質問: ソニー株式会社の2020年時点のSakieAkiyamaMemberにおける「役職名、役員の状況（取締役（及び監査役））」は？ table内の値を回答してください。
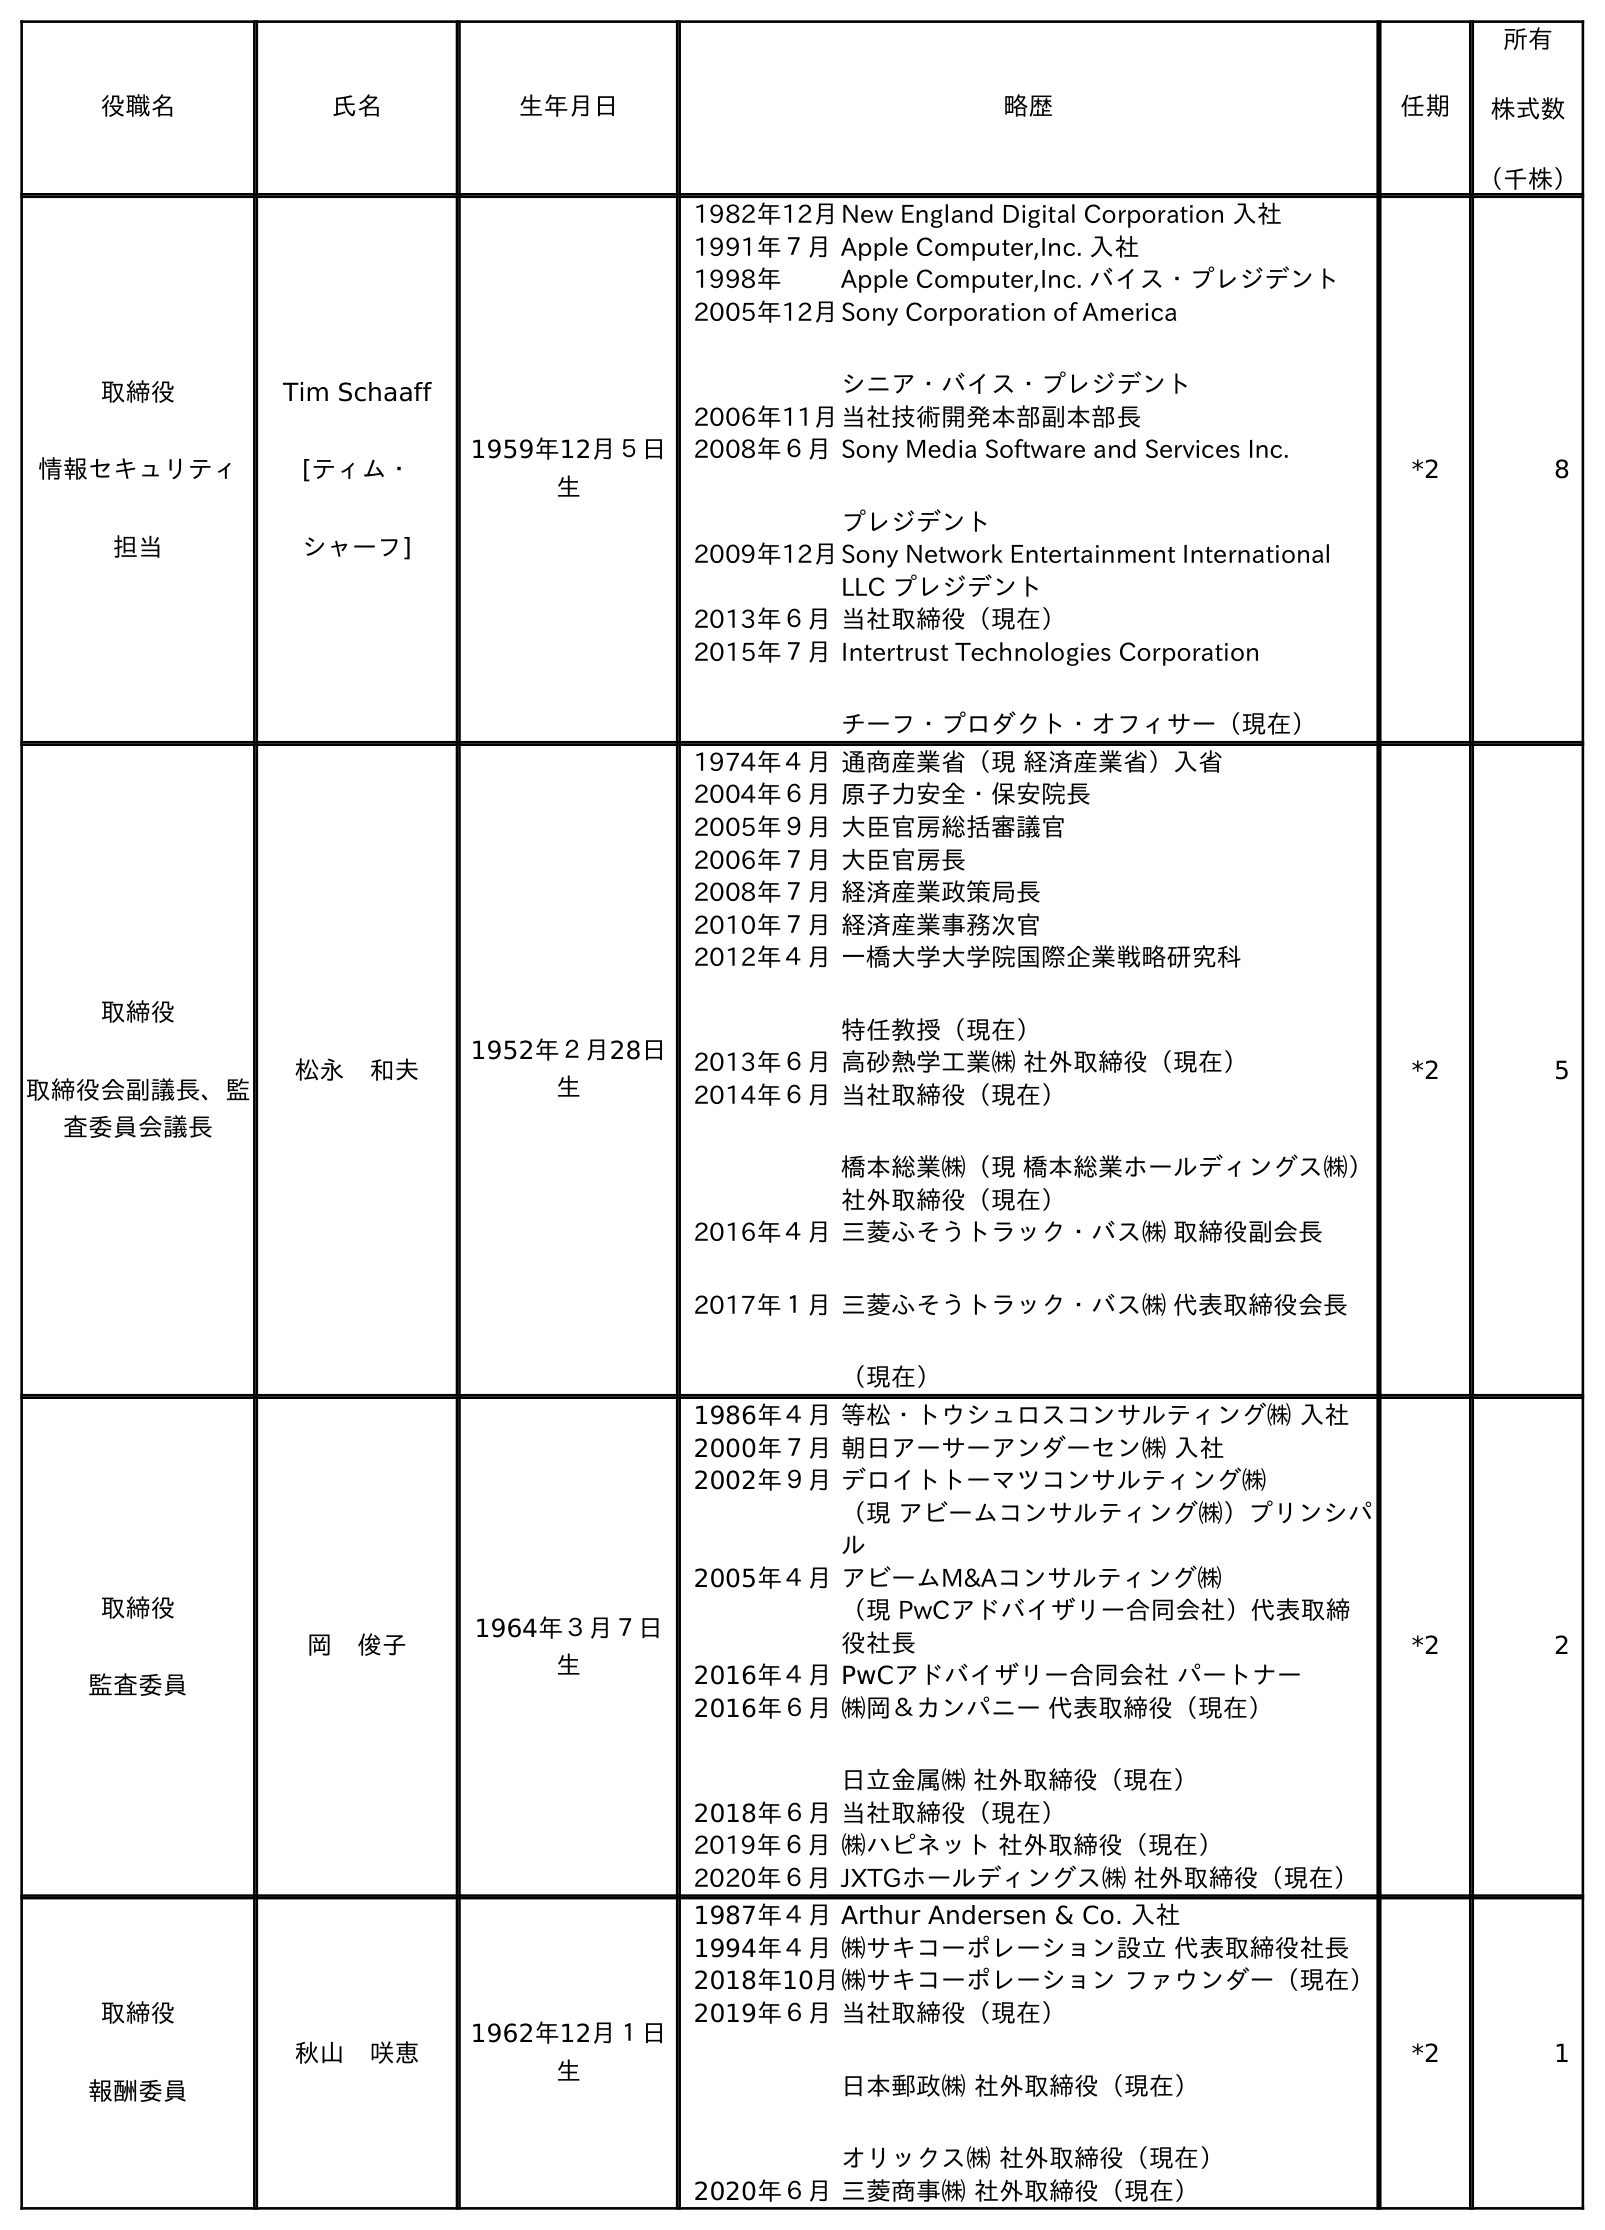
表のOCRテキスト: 役職名 氏名 生年月日 略歴 任期 所有 株式数 （千株） 取締役 情報セキュリティ 担当 Tim Schaaff [ティム・ シャーフ] 1959年12月５日 生 1982年12月New England Digital Corporation 入社 1991年７月Apple Computer,Inc. 入社 1998年 Apple Computer,Inc. バイス・プレジデント 2005年12月Sony Corporation of America シニア・バイス・プレジデント 2006年11月当社技術開発本部副本部長 2008年６月Sony Media Software and Services Inc. プレジデント 2009年12月Sony Network Entertainment International LLC プレジデント 2013年６月当社取締役（現在） 2015年７月Intertrust Technologies Corporation チーフ・プロダクト・オフィサー（現在） *2 8 取締役 取締役会副議長、監 査委員会議長 松永 和夫 1952年２月28日 生 1974年４月通商産業省（現 経済産業省）入省 2004年６月原子力安全・保安院長 2005年９月大臣官房総括審議官 2006年７月大臣官房長 2008年７月経済産業政策局長 2010年７月経済産業事務次官 2012年４月一橋大学大学院国際企業戦略研究科 特任教授（現在） 2013年６月高砂熱学工業㈱ 社外取締役（現在） 2014年６月当社取締役（現在） 橋本総業㈱（現 橋本総業ホールディングス㈱） 社外取締役（現在） 2016年４月 2017年１月 三菱ふそうトラック・バス㈱ 取締役副会長 三菱ふそうトラック・バス㈱ 代表取締役会長 （現在） *2 5 取締役 監査委員 岡 俊子 1964年３月７日 生 1986年４月等松・トウシュロスコンサルティング㈱ 入社 2000年７月朝日アーサーアンダーセン㈱ 入社 2002年９月デロイトトーマツコンサルティング㈱ （現 アビームコンサルティング㈱）プリンシパ ル 2005年４月アビームM&Aコンサルティング㈱ （現 PwCアドバイザリー合同会社）代表取締 役社長 2016年４月PwCアドバイザリー合同会社 パートナー 2016年６月㈱岡＆カンパニー 代表取締役（現在） 日立金属㈱ 社外取締役（現在） 2018年６月当社取締役（現在） 2019年６月㈱ハピネット 社外取締役（現在） 2020年６月JXTGホールディングス㈱ 社外取締役（現在） *2 2 取締役 報酬委員 秋山 咲恵 1962年12月１日 生 1987年４月Arthur Andersen & Co. 入社 1994年４月㈱サキコーポレーション設立 代表取締役社長 2018年10月㈱サキコーポレーション ファウンダー（現在） 2019年６月当社取締役（現在） 日本郵政㈱ 社外取締役（現在） オリックス㈱ 社外取締役（現在） 2020年６月三菱商事㈱ 社外取締役（現在） *2 1
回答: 取締役報酬委員